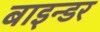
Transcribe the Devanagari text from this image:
बाइन्डर